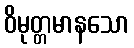
ဝိမုတ္တမာနသော